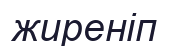
жиреніп